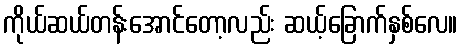
ကိုယ်ဆယ်တန်းအောင်တော့လည်း ဆယ့်ခြောက်နှစ်လေ။